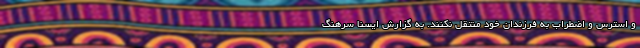
و استرس و اضطراب به فرزندان خود منتقل نکنند. به گزارش ایسنا سرهنگ